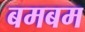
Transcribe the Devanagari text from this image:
बमबम